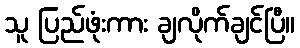
သူ ပြည်ဖုံးကား ချလိုက်ချင်ပြီ။